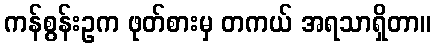
ကန်စွန်းဥက ဖုတ်စားမှ တကယ် အရသာရှိတာ။